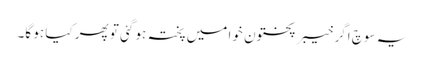
یہ سوچ اگر خیبر پختون خوا میں پختہ ہو گئی تو پھر کیا ہو گا۔